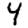
Digit: 4